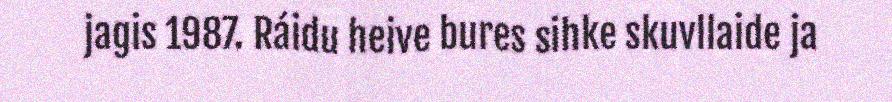
jagis 1987. Ráidu heive bures sihke skuvllaide ja